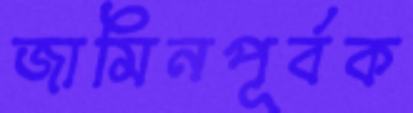
জামিনপূর্বক